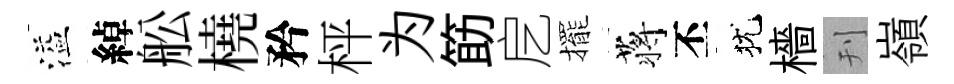
溢綽舩橈矜枰为筯戹擺蒋丕犹檣刊嶺